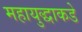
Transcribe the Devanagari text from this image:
महायुद्धाकडे